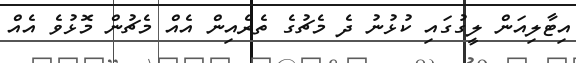
އިޓާލިއަން ލީގުގައި ކުޅުނު ދެ މެޗުގެ ތެރެއިން އެއް މެޗުން މޮޅުވެ އެއް